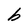
Character: b